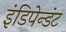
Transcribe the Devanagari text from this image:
इंडिपेन्डंट